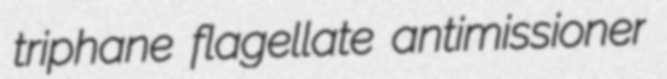
triphane flagellate antimissioner